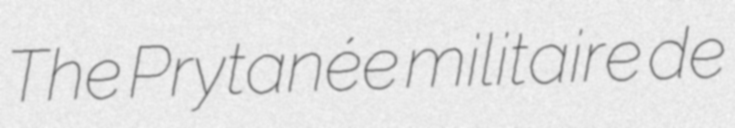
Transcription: The Prytanée militaire de